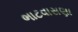
ભાટવાસણા